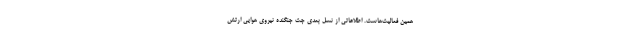
همین فعالیت‌هاست. اطلاعاتی از نسل بعدی جت جنگنده نیروی هوایی ارتش